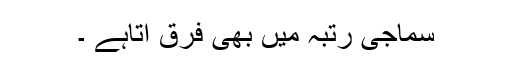
سماجی رتبہ میں بھی فرق آتاہے ۔